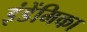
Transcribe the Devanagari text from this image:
इंडेंमिका